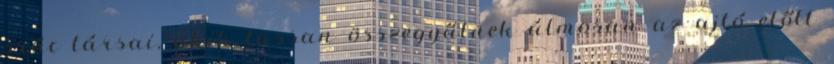
srác társai, akik lassan összegyűlnek álmosan az ajtó előtt